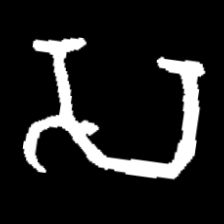
Pyu character \u2014 Myanmar letter: သ (romanized: sa)